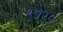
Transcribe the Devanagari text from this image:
९७२०